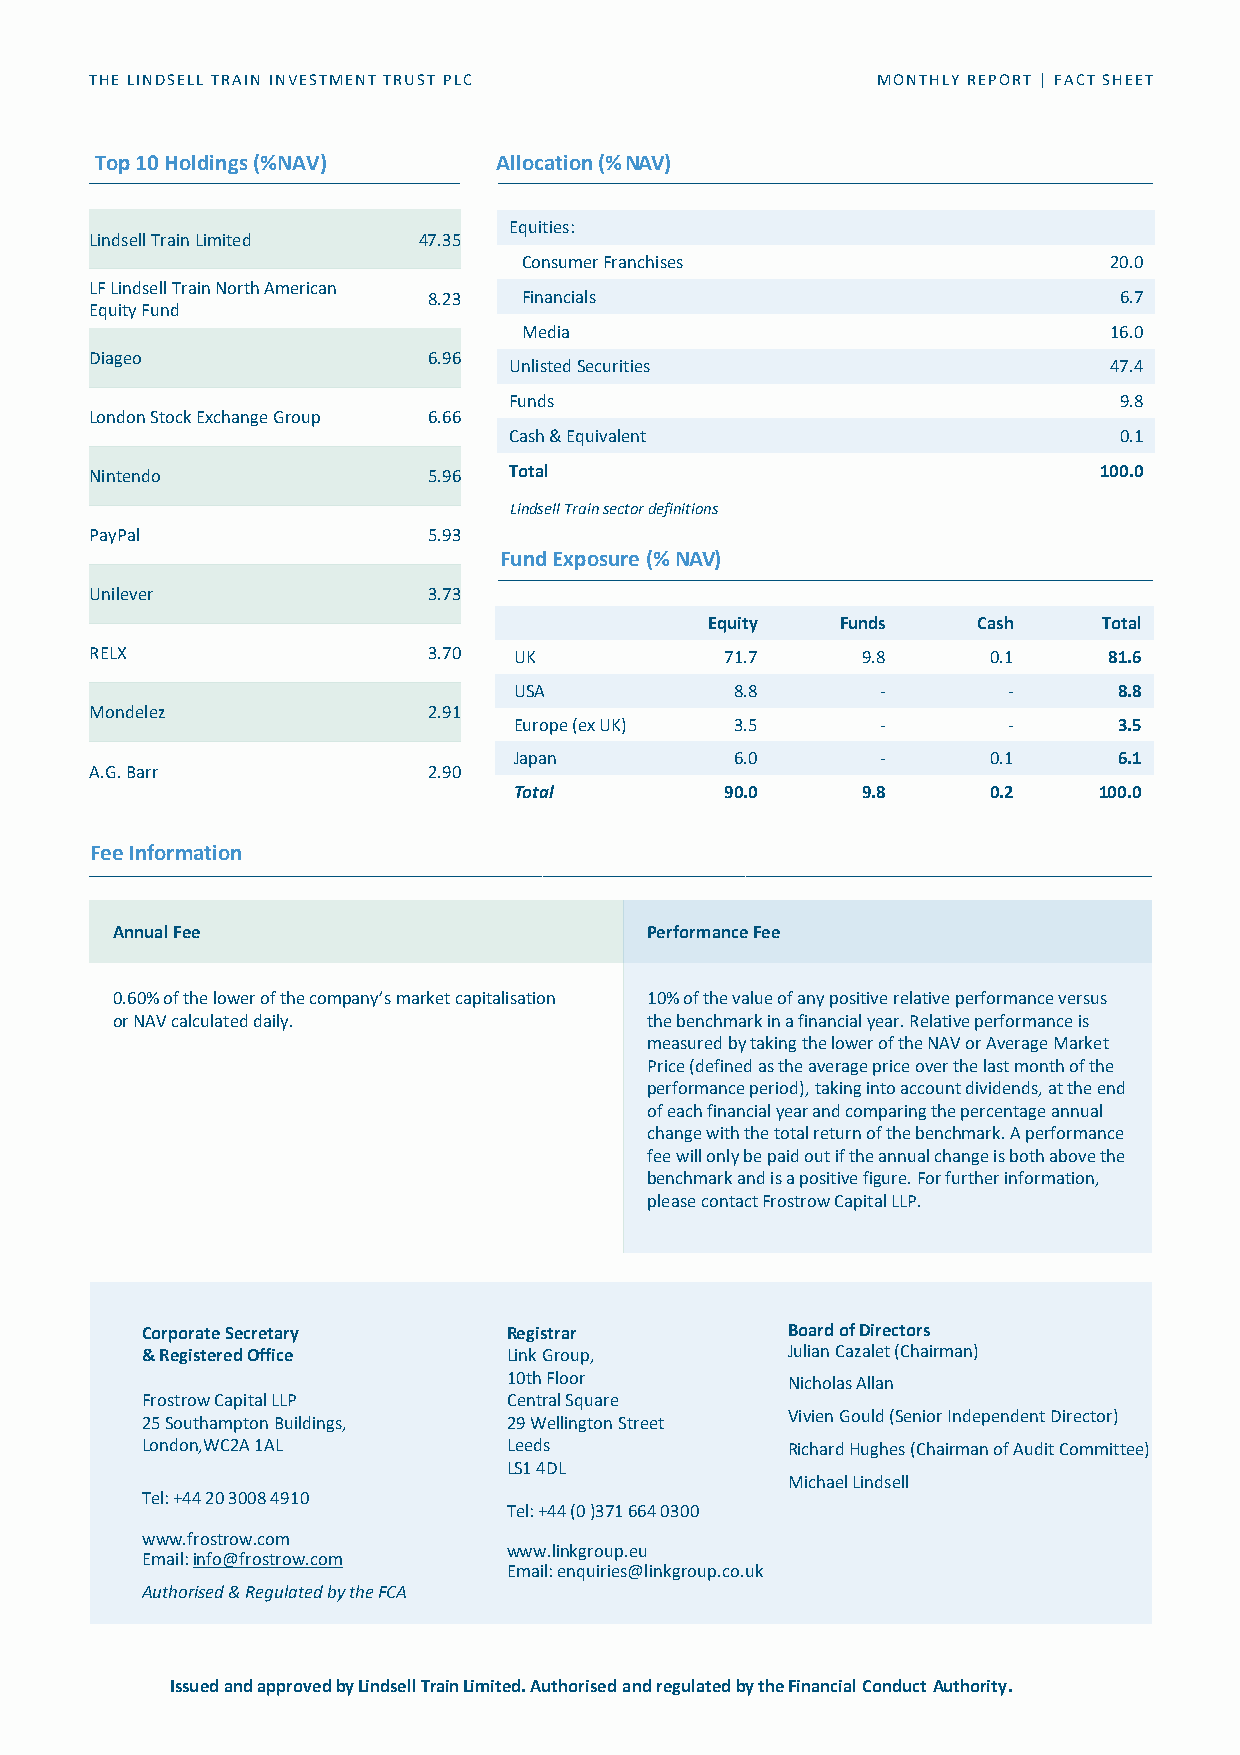
THE LINDSELL TRAIN INVESTMENT TRUST PLC             MONTHLY REPORT | FACT SHEET
 Top 10 Holdings (%NAV)     Allocation (%NAV)
 Equities:
 Lindsell Train Limited 47.35
 Consumer Franchises                   20.0
 LF Lindsell Train North American
 8.23   Financials                             6.7
 Equity Fund
 Media                                 16.0
 Diageo                6.96
 Unlisted Securities                    47.4
 Funds                                   9.8
 London Stock Exchange Group 6.66
 Cash & Equivalent                       0.1
 Nintendo              5.96  Total                                  100.0
 Lindsell Train sector definitions
 PayPal                5.93
 Fund Exposure (%NAV)
 Unilever              3.73
 Equity   Funds    Cash    Total
 RELX                  3.70  UK            71.7     9.8      0.1    81.6
 USA            8.8      -        -      8.8
 Mondelez              2.91
 Europe (ex UK) 3.5      -        -      3.5
 Japan          6.0      -       0.1     6.1
 A.G. Barr             2.90
 Total         90.0     9.8      0.2    100.0
 Fee Information
 Annual Fee                          Performance Fee
 0.60% of the lower of the company’s market capitalisation 10% of the value of any positive relative performance versus
 or NAV calculated daily.            the benchmark in a financial year. Relative performance is
 measured by taking the lower of the NAV or Average Market
 Price (defined as the average price over the last month of the
 performance period), taking into account dividends, at the end
 of each financial year and comparing the percentage annual
 change with the total return of the benchmark. A performance
 fee will only be paid out if the annual change is both above the
 benchmark and is a positive figure. For further information,
 please contact FrostrowCapital LLP.
 Corporate Secretary      Registrar         Board ofDirectors
 & Registered Office      Link Group,       Julian Cazalet (Chairman)
 10th Floor        Nicholas Allan
 Frostrow Capital LLP     Central Square
 Vivien Gould (Senior Independent Director)
 25 Southampton Buildings, 29 Wellington Street
 London,WC2A 1AL          Leeds             Richard Hughes (Chairman of Audit Committee)
 LS1 4DL
 Michael Lindsell
 Tel: +44 20 3008 4910
 Tel: +44 (0 )371 664 0300
 www.frostrow.com
 www.linkgroup.eu
 Email: info@frostrow.com
 Email: enquiries@linkgroup.co.uk
 Authorised & Regulated by the FCA
 Issued and approved by Lindsell Train Limited. Authorised and regulated by the Financial Conduct Authority.